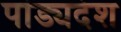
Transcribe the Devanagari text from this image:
पांड्यदेश